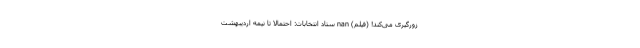
زورگیری می‌کند! (فیلم) nan ستاد انتخابات: احتمالاً تا نیمه اردیبهشت